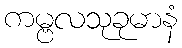
ကမ္ဗလသုခုမာနံ